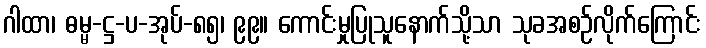
ဂါထာ၊ ဓမ္မ-ဋ္ဌ-ပ-အုပ်-၈၅၊ ၉၉။ ကောင်းမှုပြုသူနောက်သို့သာ သုခအစဉ်လိုက်ကြောင်း